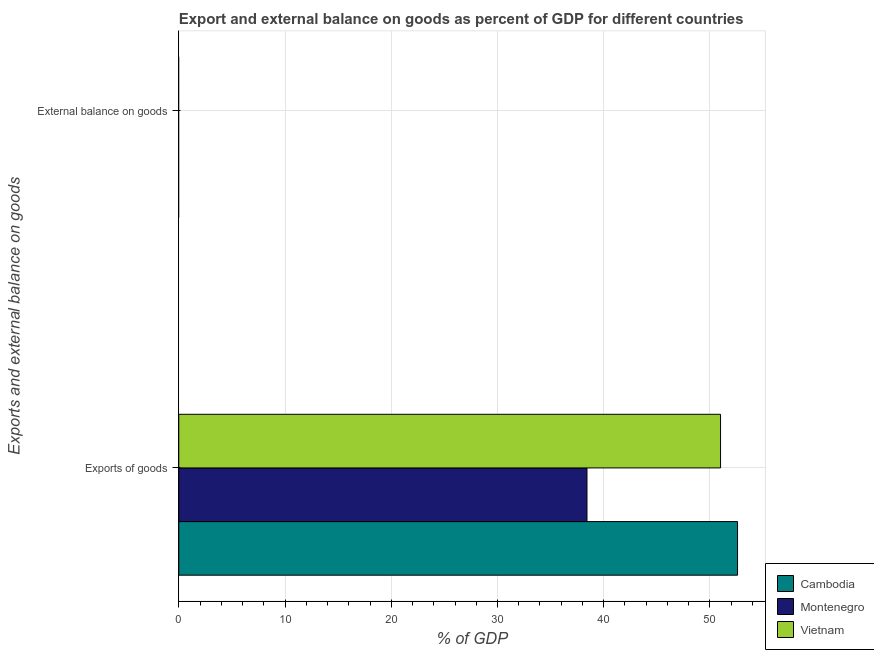
| Exports and external balance on goods | Cambodia | Montenegro | Vietnam |
 | --- | --- | --- | --- |
 | Exports of goods | 52.6 | 38.4 | 51 |
 | External balance on goods | -8.67 | -23.6 | -1.7 |